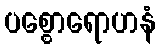
ပစ္စောရောဟနံ